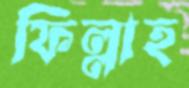
ফিল্লাহ